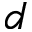
d